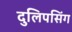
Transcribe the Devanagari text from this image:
दुलिपसिंग